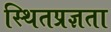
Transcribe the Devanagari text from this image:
स्थितप्रज्ञता